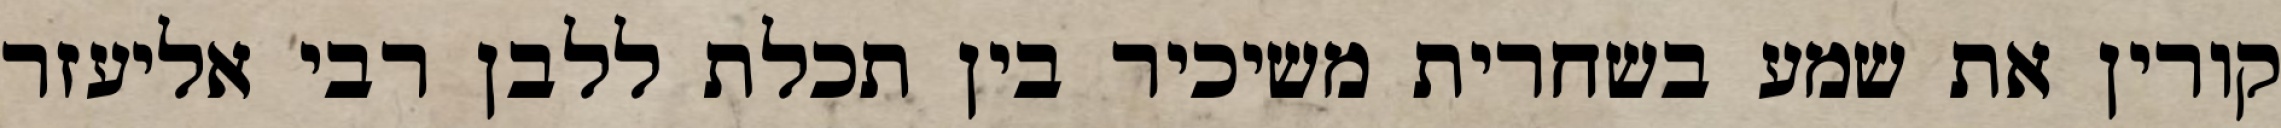
קורין את שמע בשחרית משיכיר בין תכלת ללבן רבי אליעזר